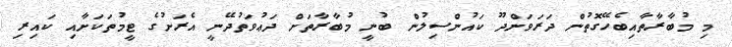
މި މުބާރާތާއިބެހޭގޮތުން ދަރަވަންދޫ ކައުންސިލުން ބުނީ މުބާރާތަށް ދަޢުވަތުދޭނީ އެރަށުގެ ޓީމުތަކަށާއި ކައިރި